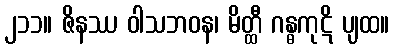
၂၁၁။ ဇိနဿ ဝါသဘဝန၊ မိတ္ထီ ဂန္ဓကုဋိ ပျထ။